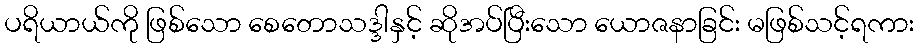
ပရိယာယ်ကို ဖြစ်သော စေတောသဒ္ဒါနှင့် ဆိုအပ်ပြီးသော ယောဇနာခြင်း မဖြစ်သင့်ရကား